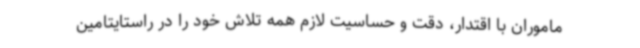
ماموران با اقتدار، دقت و حساسیت لازم همه تلاش خود را در راستایتامین